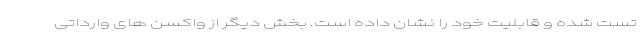
تست شده و قابلیت خود را نشان داده است. بخش دیگر از واکسن های وارداتی